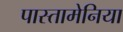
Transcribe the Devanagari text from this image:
पास्तामेनिया